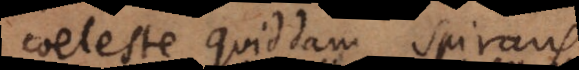
coeleste quiddam spirans,